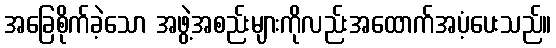
အခြေစိုက်ခဲ့သော အဖွဲ့အစည်းများကိုလည်းအထောက်အပံ့ပေးသည်။